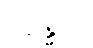
ဂန္ဓေဟိ